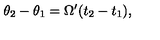
\theta _ { 2 } - \theta _ { 1 } = \Omega ^ { \prime } ( t _ { 2 } - t _ { 1 } ) ,